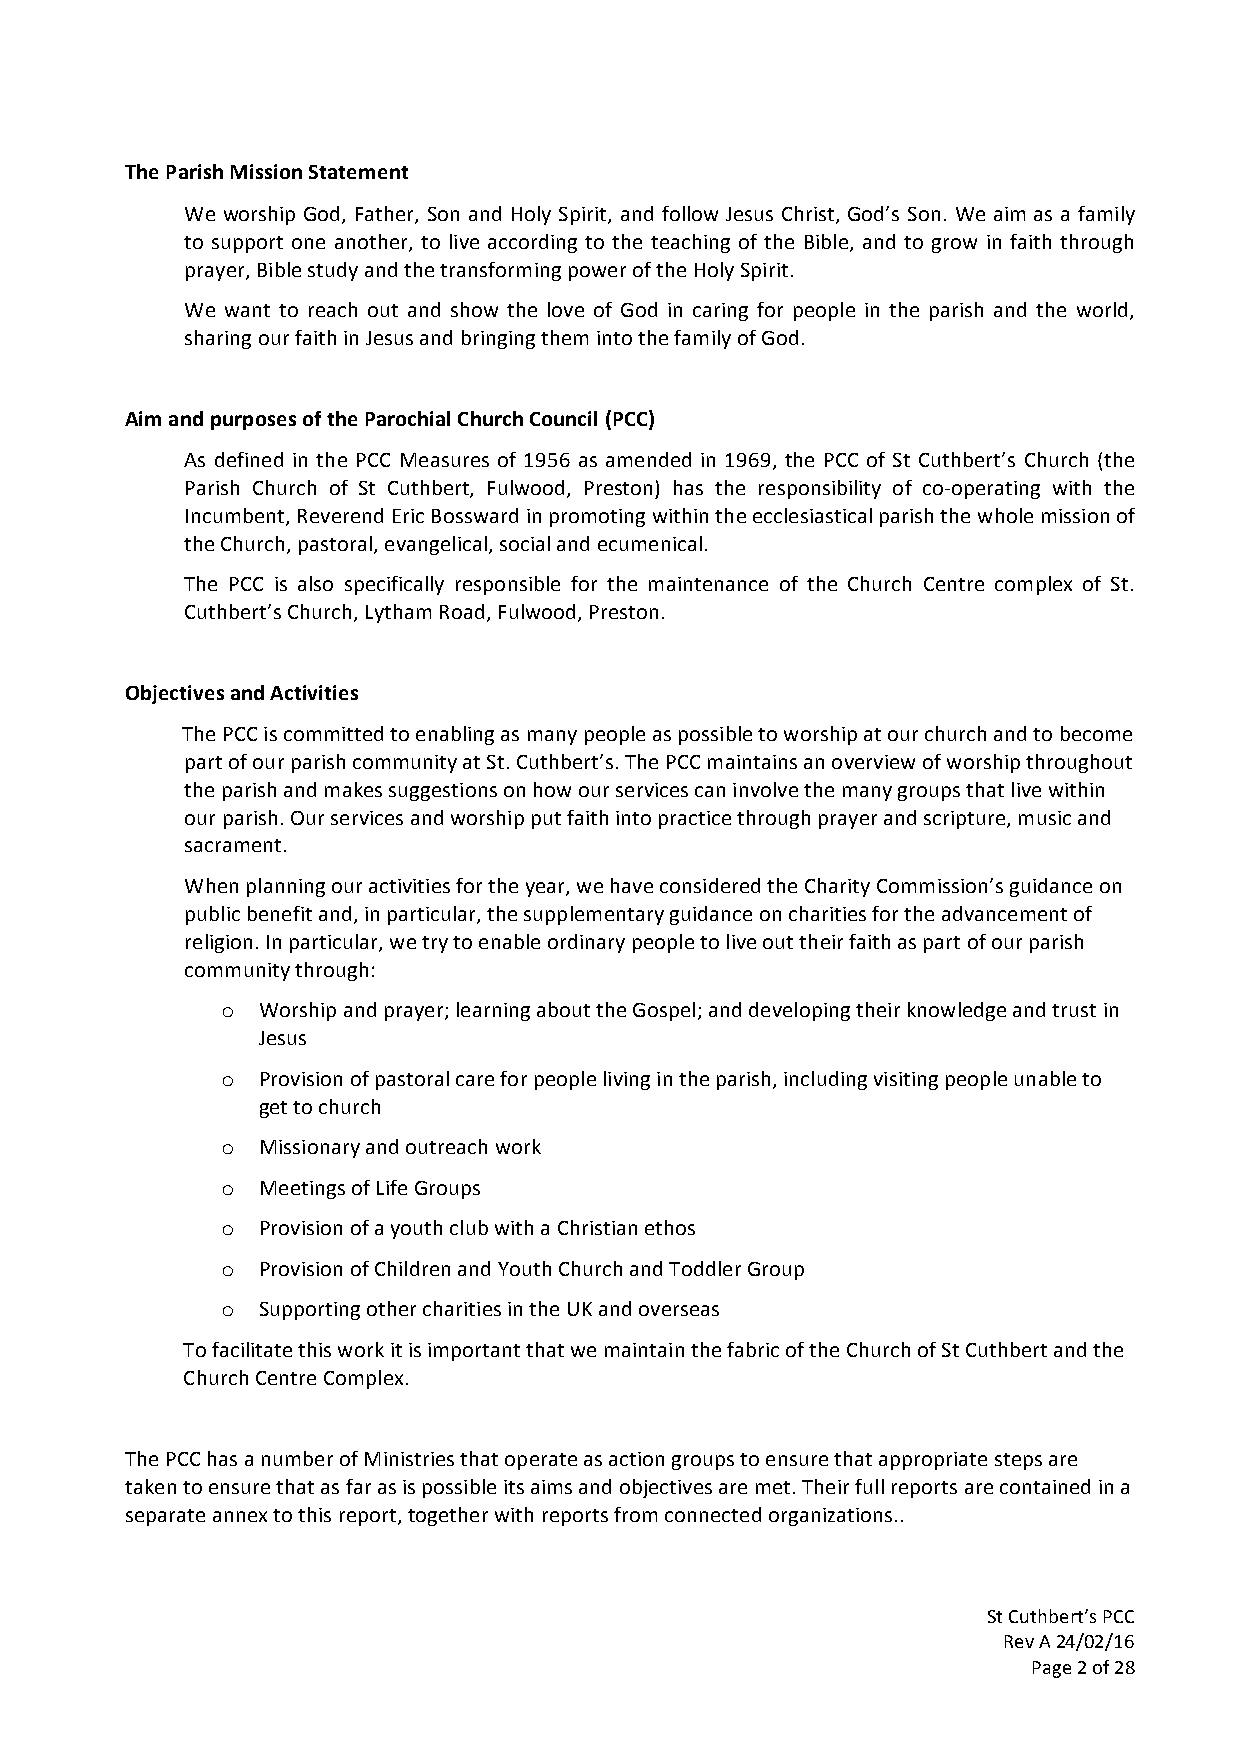
The Parish Mission Statement
 We worship God, Father, Son and Holy Spirit, and follow Jesus Christ, God’s Son. We aim as a family
 to support one another, to live according to the teaching of the Bible, and to grow in faith through
 prayer, Bible study and the transforming power of the Holy Spirit.
 We want to reach out and show the love of God in caring for people in the parish and the world,
 sharing our faith in Jesus and bringing them into the family of God.
 Aim and purposes of the Parochial Church Council (PCC)
 As defined in the PCC Measures of 1956 as amended in 1969, the PCC of St Cuthbert’s Church (the
 Parish Church of St Cuthbert, Fulwood, Preston) has the responsibility of co-operating with the
 Incumbent, Reverend Eric Bossward in promoting within the ecclesiastical parish the whole mission of
 the Church, pastoral, evangelical, social and ecumenical.
 The PCC is also specifically responsible for the maintenance of the Church Centre complex of St.
 Cuthbert’s Church, Lytham Road, Fulwood, Preston.
 Objectives and Activities
 The PCC is committed to enabling as many people as possible to worship at our church and to become
 part of our parish community at St. Cuthbert’s. The PCC maintains an overview of worship throughout
 the parish and makes suggestions on how our services can involve the many groups that live within
 our parish. Our services and worship put faith into practice through prayer and scripture, music and
 sacrament.
 When planning our activities for the year, we have considered the Charity Commission’s guidance on
 public benefit and, in particular, the supplementary guidance on charities for the advancement of
 religion. In particular, we try to enable ordinary people to live out their faith as part of our parish
 community through:
 o Worship and prayer; learning about the Gospel; and developing their knowledge and trust in
 Jesus
 o Provision of pastoral care for people living in the parish, including visiting people unable to
 get to church
 o Missionary and outreach work
 o Meetings of Life Groups
 o Provision of a youth club with a Christian ethos
 o Provision of Children and Youth Church and Toddler Group
 o Supporting other charities in the UK and overseas
 To facilitate this work it is important that we maintain the fabric of the Church of St Cuthbert and the
 Church Centre Complex.
 The PCC has a number of Ministries that operate as action groups to ensure that appropriate steps are
 taken to ensure that as far as is possible its aims and objectives are met. Their full reports are contained in a
 separate annex to this report, together with reports from connected organizations..
 St Cuthbert’s PCC
 Rev A 24/02/16
 Page 2 of 28